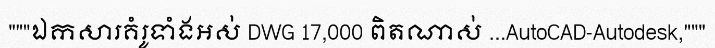
"""ឯកសារគំរូទាំងអស់ DWG 17,000 ពិតណាស់ ...AutoCAD-Autodesk,"""